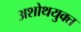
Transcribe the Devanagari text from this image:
अशोथयुक्त